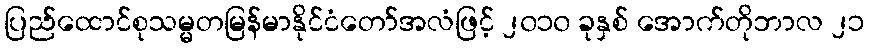
ပြည်ထောင်စုသမ္မတမြန်မာနိုင်ငံတော်အလံဖြင့် ၂၀၁၀ ခုနှစ် အောက်တိုဘာလ ၂၁